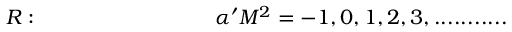
R : ~ ~ ~ ~ ~ ~ ~ ~ ~ ~ ~ ~ ~ ~ ~ ~ ~ ~ ~ ~ ~ ~ ~ ~ ~ \alpha ^ { \prime } M ^ { 2 } = - 1 , 0 , 1 , 2 , 3 , . . . . . . . . . . .